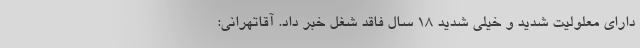
دارای معلولیت شدید و خیلی شدید ۱۸ سال فاقد شغل خبر داد. آقاتهرانی: